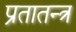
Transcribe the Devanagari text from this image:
प्रतातन्त्र